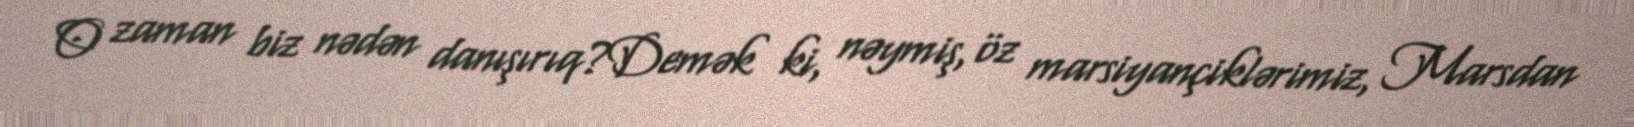
O zaman biz nədən danışırıq?Demək ki, nəymiş, öz marsiyançiklərimiz, Marsdan